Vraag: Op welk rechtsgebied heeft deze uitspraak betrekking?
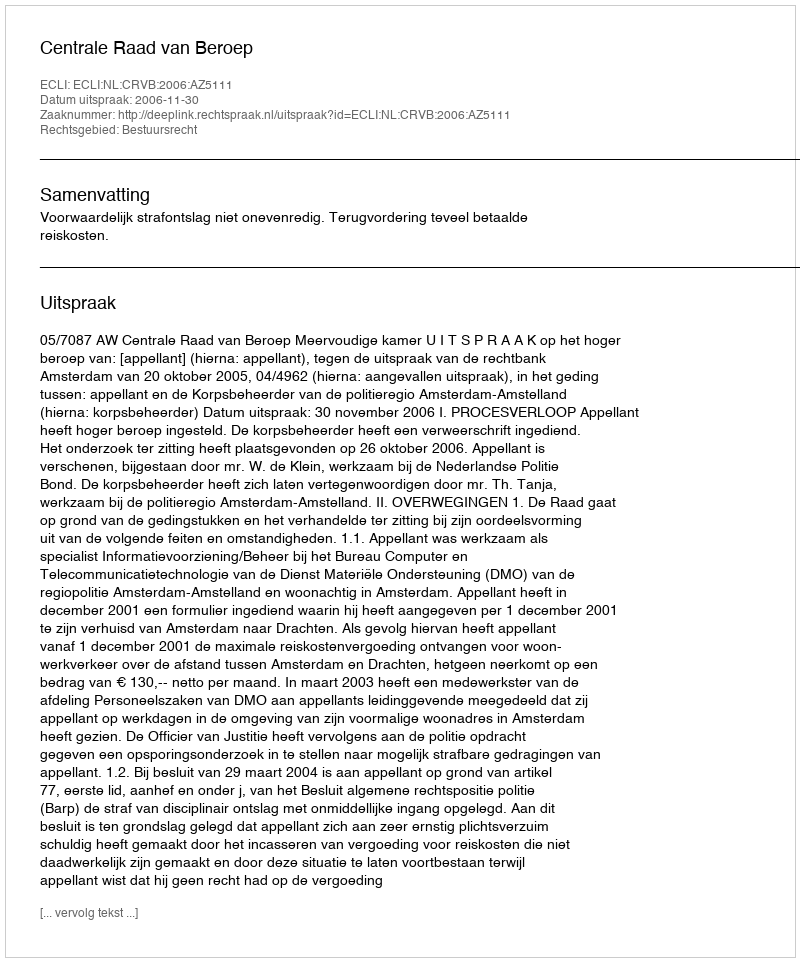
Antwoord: Bestuursrecht